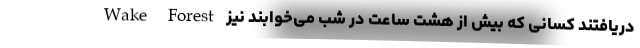
Wake Forest دریافتند کسانی که بیش از هشت ساعت در شب می‌خوابند نیز